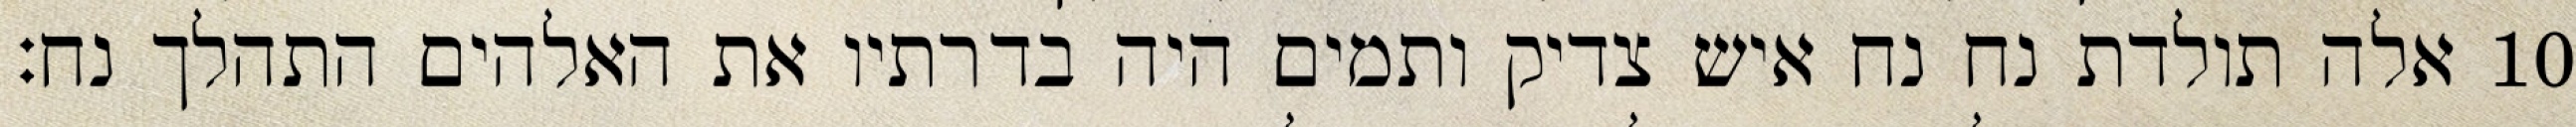
אלה תולדת נח נח איש צדיק ותמים היה בדרתיו את האלהים התהלך נח׃ ‎10‏